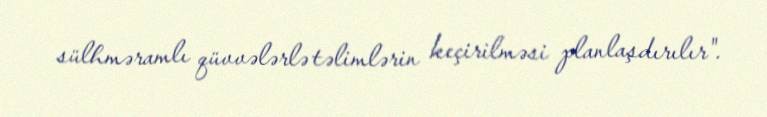
sülhməramlı qüvvələrlə təlimlərin keçirilməsi planlaşdırılır".